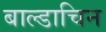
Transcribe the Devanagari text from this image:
बाल्डाचिन